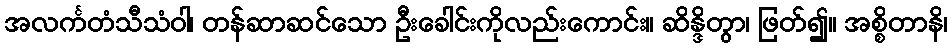
အလင်္ကတံသီသံဝါ၊ တန်ဆာဆင်သော ဦးခေါင်းကိုလည်းကောင်း။ ဆိန္ဒိတွာ၊ ဖြတ်၍။ အစ္စိတာနိ၊